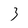
Character: 3